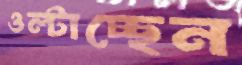
ওল্‌টাচ্ছেন